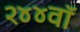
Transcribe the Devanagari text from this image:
२४४वॉ